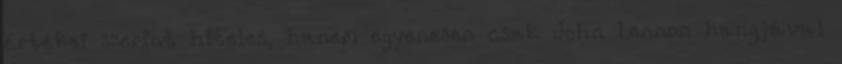
értékei szerint hiteles, hanem egyenesen csak John Lennon hangjával